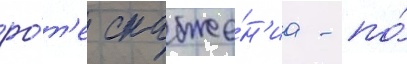
ро́т'е снабже́н'иа - по́